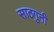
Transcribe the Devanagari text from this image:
साठगुनी